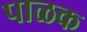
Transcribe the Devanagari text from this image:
पाळक